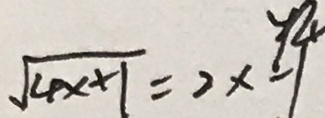
\sqrt { 4 x + 1 } = 2 x - 1